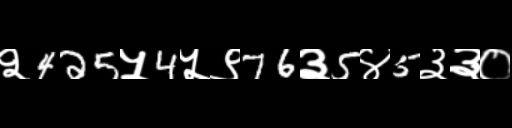
Text: २425५4५९76३5४5३३०